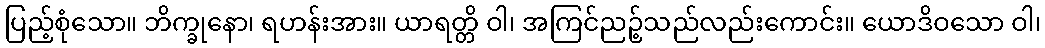
ပြည့်စုံသော။ ဘိက္ခုနော၊ ရဟန်းအား။ ယာရတ္တိ ဝါ၊ အကြင်ညဉ့်သည်လည်းကောင်း။ ယောဒိဝသော ဝါ၊